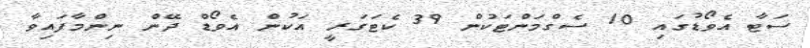
ސަޓާ އެވޯޑުގައި 10 ސެގްމަންޓަކުން 39 ކެޓަގަރީ އަކުން އެވޯޑް ދޭން ނިންމާފައިވާ